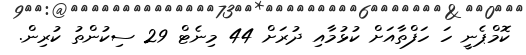
ކޮމްޕެނީ ހަ ހަފްތާއަށް ކުޅުމާއި ދުރަށް 44 މިނެޓް 29 ސިކުންތު ކުރިން.